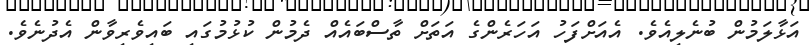
އަޅާލަމުން ބުނެލިއެވެ. އެއަށްފަހު އަހަރެންގެ އަތަށް ތާސްބައެއް ދެމުން ކުޅުމުގައި ބައިވެރިވާން އެދުނެވެ.